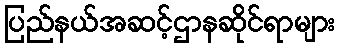
ပြည်နယ်အဆင့်ဌာနဆိုင်ရာများ